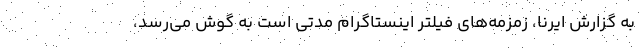
به گزارش ایرنا، زمزمه‌های فیلتر اینستاگرام مدتی است به گوش می‌رسد،